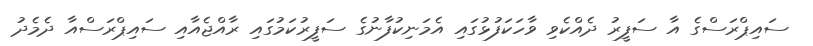
ސައިޕްރަސްގެ އާ ސަފީރު ދެއްކެވި ވާހަކަފުޅުގައި އެމަނިކުފާނުގެ ސަފީރުކަމުގައި ރާއްޖެއާއި ސައިޕްރަސްއާ ދެމެދު